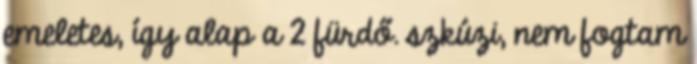
emeletes, így alap a 2 fürdő. szkúzi, nem fogtam